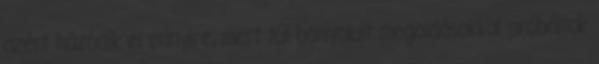
azért húzódik el ennyire, mert túl bonyolult megoldásokkal próbáltak